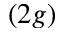
( 2 g )